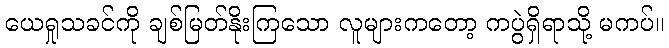
ယေရှုသခင်ကို ချစ်မြတ်နိုးကြသော လူများကတော့ ကပွဲရှိရာသို့ မကပ်။